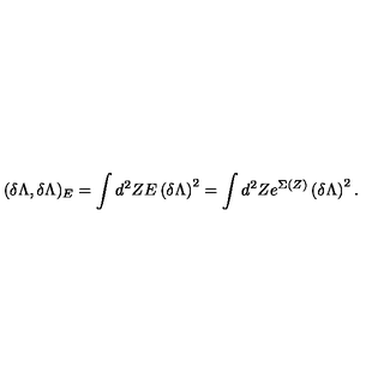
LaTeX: ( \delta \Lambda , \delta \Lambda ) _ { E } = \int d ^ { 2 } Z E \left( \delta \Lambda \right) ^ { 2 } = \int d ^ { 2 } Z e ^ { \Sigma ( Z ) } \left( \delta \Lambda \right) ^ { 2 } .